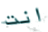
انت